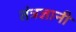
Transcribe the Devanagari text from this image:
तंत्रज्ञानी